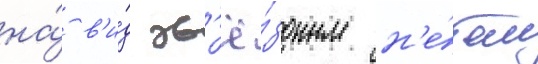
на́ в'и́д зв'ё́здным н'е́бом